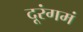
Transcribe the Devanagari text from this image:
दूरंगमं